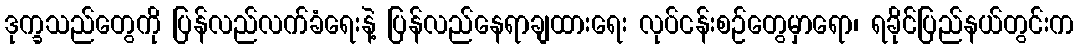
ဒုက္ခသည်တွေကို ပြန်လည်လက်ခံရေးနဲ့ ပြန်လည်နေရာချထားရေး လုပ်ငန်းစဉ်တွေမှာရော၊ ရခိုင်ပြည်နယ်တွင်းက